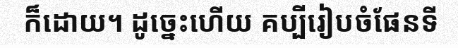
ក៏ដោយ។ ដូច្នេះហើយ គប្បីរៀបចំផែនទី